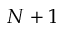
N + 1